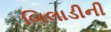
બિલાડીની